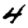
Digit: 4